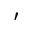
^ \prime